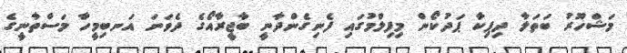
މަޝްހޫރު ބަތަލާ ދިޕިކާ ޕަދުކޯން މިފިލްމުގައި ފެނިގެންދާނީ ބާޖީރާއޯގެ ދެވަނަ އަނބިމީހާ މަސްތާނީގެ